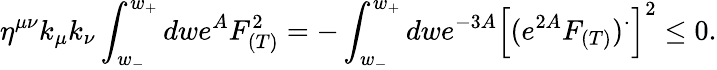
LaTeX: \eta^{\mu\nu}k_{\mu}k_{\nu}\int_{w_{-}}^{w_{+}}dwe^{A}F_{(T)}^{2}=-\int_{w_{-}}^{w_{+}}dwe^{-3A}\left[(e^{2A}F_{(T)})^{\cdot}\right]^{2}\leq 0.